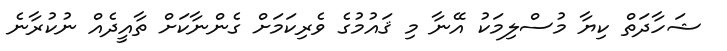
ޝަހާދަތް ކިޔާ މުސްލިމަކު އޭނާ މި ޤައުމުގެ ވެރިކަމަށް ގެންނާކަށް ތާއީދެއް ނުކުރާނެ